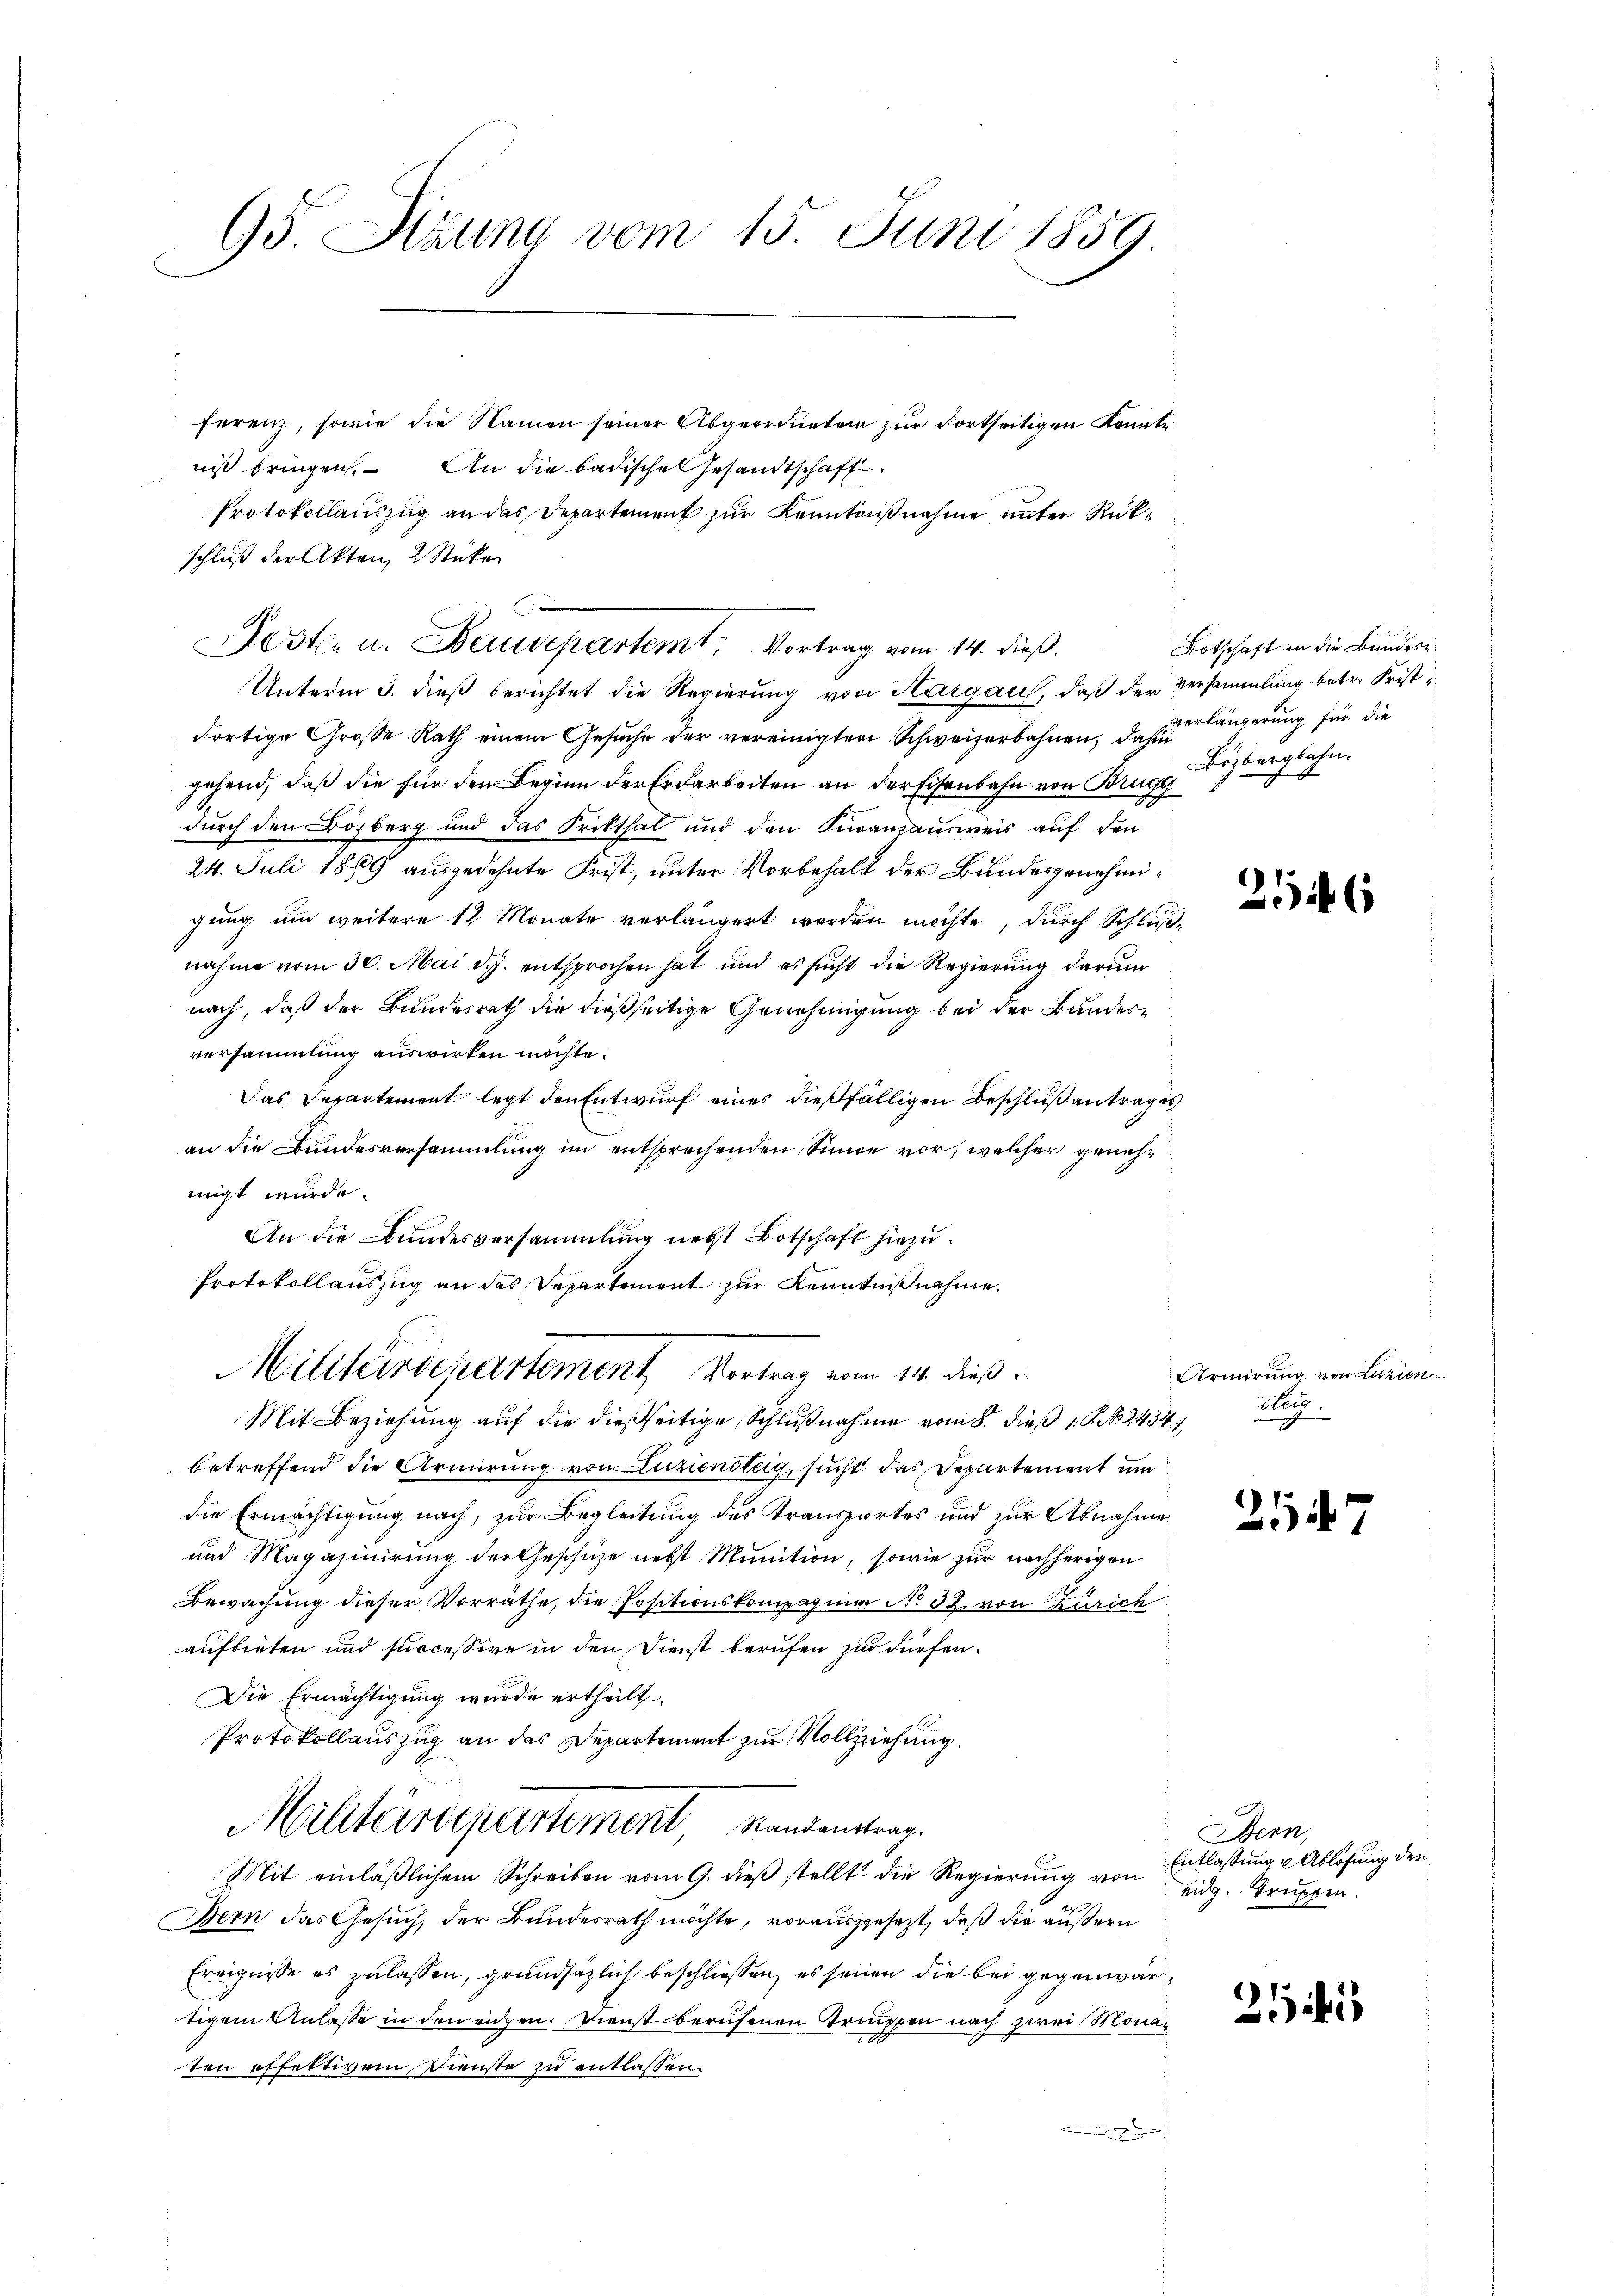
65 Sizung vom 15. Juni 1859.

ferenz, sowie die Namen seiner Abgeordneten zur Fortseitigen konnte
niß bringen. An die badischen Gesandtschaft
Protokollauszug an das Departement zur Kenntnißnahme unter Rückschluß der Akten, 2 Stücke
Unterm 3. dieß berichtet die Regierung von Hargau, daß der Versammlung betr. Frist
dortige Große Rath einem Gesuche der vereinigten Schweizerbahnen, da zu längerung für die
gehend, daß die für den Beginn der Erdarbeiten an der Eisenbahn von Brugg
durch den Bözberg und das Krikthal und den Kuranzausweis auf den
24. Juli 1889 ausgedehnte Frist, unter Vorbehalt der Bundesgenehmigung um weitere 12 Monate verlängert werden möchte, durch Schlußnahme vom 30. Mai d. J. entsprochen hat und es sucht die Regierung darum
nach, daß der Bundesrath die dießseitige Genehmigung bei der Bundesversammlung auswirken möchte.
Das Departement legt den Entwurf eines dießfälligen Beschlußantrages
an die Bundesversammlung im entsprechenden Sinne vor, welcher genehmigt würde.
An die Bundesversammlung nebst Botschaft hiezu.
Protokollauszug an das Departement zur Kenntnißnahme,
Militärschartement Vortrag vom 14. dieß
Mit Beziehung auf die dießseitige Schlußnahme vom 8. dieß 18. No. 2434
betreffend die Armirung von Luziensteig, sucht das Departement un
die Ermächtigung nach, zur Begleitung des Transportes und zur Abnahme
und Magazinirung der Geschüze nebst Munition, sowie zur nachherigen
Bewachung dieser Vorräthe, die Positionskompagina No. 32. von Zürich
aufbieten und successive in den Dienst berufen zu dürfen.
Die Ermächtigung wurde ertheilt.
Protokollauszug an das Departement zur Vollziehung
Militärdepartement, Standentrag.
Mit einläßlichem Schreiben vom 9. dieß stellt die Regierung von Eidg. Truppen
Bern das Gesuch, der Bundesrath möchte, vorausgesezt, daß die äußern
Ereignisse es zulassen, grundsätzlich beschließen, es seinen die bei gegenwärtigem Anlasse in den eigen. Dienst berufenen Truppen nach zwei Mona
ten effettivem Dienste zu entlassen.

osten u. Baudepartemt Vortrag vom 14. dieß.

Botschaft an die Bundere.
Bözbergbahn.

2546

Armirung von Luzian
steig.
h

2147

Bern,
Entlassung Ablösung der

21